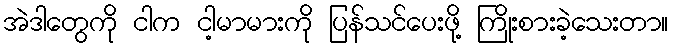
အဲဒါတွေကို ငါက ငါ့မာမားကို ပြန်သင်ပေးဖို့ ကြိုးစားခဲ့သေးတာ။